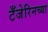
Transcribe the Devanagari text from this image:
टँजेरिनच्या